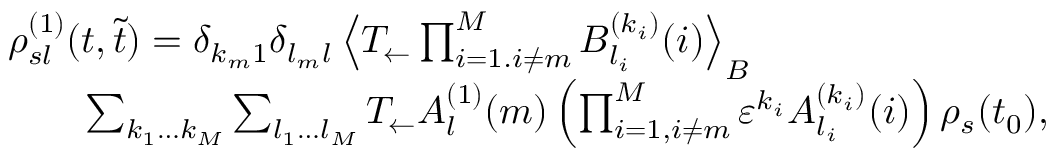
\begin{array} { r l } & { \rho _ { s l } ^ { ( 1 ) } ( t , \tilde { t } ) = \delta _ { k _ { m } 1 } \delta _ { l _ { m } l } \left\langle T _ { \leftarrow } \prod _ { i = 1 . i \neq m } ^ { M } B _ { l _ { i } } ^ { ( k _ { i } ) } ( i ) \right\rangle _ { B } } \\ & { \qquad \sum _ { k _ { 1 } \dots k _ { M } } \sum _ { l _ { 1 } \dots l _ { M } } T _ { \leftarrow } A _ { l } ^ { ( 1 ) } ( m ) \left( \prod _ { i = 1 , i \neq m } ^ { M } \varepsilon ^ { k _ { i } } A _ { l _ { i } } ^ { ( k _ { i } ) } ( i ) \right) \rho _ { s } ( t _ { 0 } ) , } \end{array}